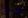
مديرة